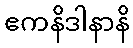
ဧကနိဒါနာနိ